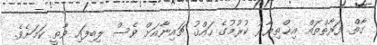
ގާތް ފަރާތްތައް އިޚްތިޔާރު ކުރުމުގެ ހައްޤު ޗައިނާއަށް ވެސް ލިބިފައި ވާތީ ކަމަށެވެ.